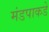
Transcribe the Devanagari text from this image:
मंडपाकडे